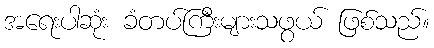
အရေးပါဆုံး ခံတပ်ကြီးများသဖွယ် ဖြစ်သည်။